Source: Handwritten
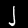
Digit: ၂ (2)